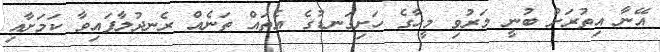
އޭނާ އިތުރަށް ބުނީ މަރުވި މީހާގެ ހަށިގަނޑުގެ އެތައް ތަނެއް ރެނދުލާފައިވާ ކަމަށާއި